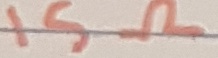
Text: 15Ω